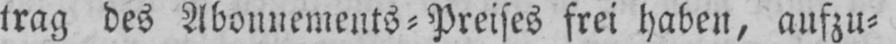
trag des Abonnements⸗Preises frei haben, aufzu⸗